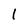
Character: l